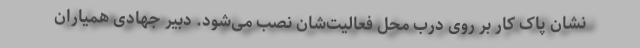
نشان پاک کار بر روی درب محل فعالیت‌شان نصب می‌شود. دبیر جهادی همیاران